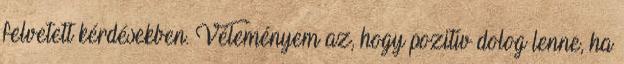
felvetett kérdésekben. Véleményem az, hogy pozitív dolog lenne, ha